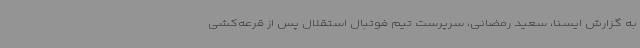
به گزارش ایسنا، سعید رمضانی، سرپرست تیم فوتبال استقلال پس از قرعه‌کشی